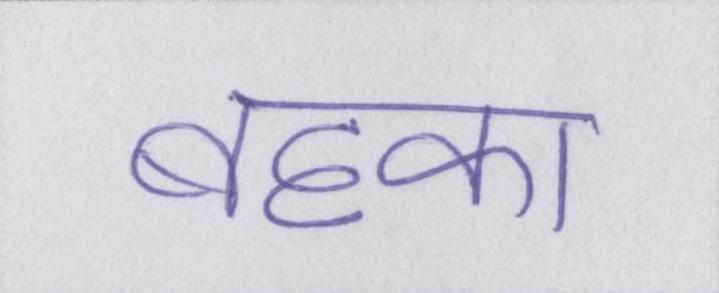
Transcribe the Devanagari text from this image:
बहका